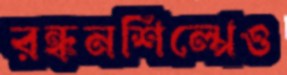
রন্ধনশিল্পেও